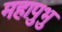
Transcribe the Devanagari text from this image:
महापुभु